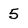
Character: 5